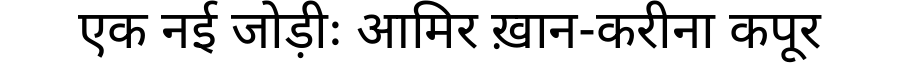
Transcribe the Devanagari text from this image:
एक नई जोड़ीः आमिर ख़ान-करीना कपूर